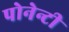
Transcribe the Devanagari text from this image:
पोनेन्टी